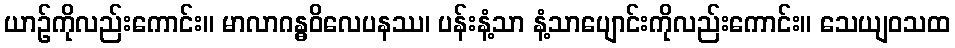
ယာဉ်ကိုလည်းကောင်း။ မာလာဂန္ဓဝိလေပနဿ၊ ပန်းနံ့သာ နံ့သာပျောင်းကိုလည်းကောင်း။ သေယျဝသထ